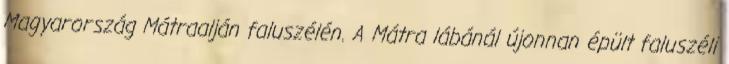
Magyarország Mátraalján faluszélén. A Mátra lábánál újonnan épült faluszéli